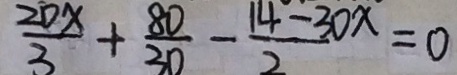
\frac { 2 0 x } { 3 } + \frac { 8 0 } { 3 0 } - \frac { 1 4 - 3 0 x } { 2 } = 0